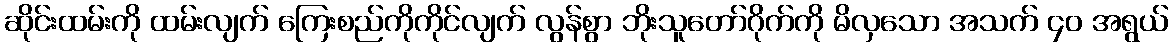
ဆိုင်းထမ်းကို ထမ်းလျက် ကြေးစည်ကိုကိုင်လျက် လွန်စွာ ဘိုးသူတော်ဂိုက်ကို မိလှသော အသက် ၄၀ အရွယ်